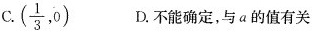
C.(\frac{1}{3},0) D. 不能确定，与 a 的值有关